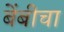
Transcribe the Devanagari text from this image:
बेंबीचा